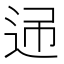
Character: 𨒝